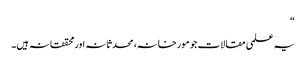
“
یہ علمی مقالات جو مورخانہ، محدثانہ اور محققانہ ہیں۔